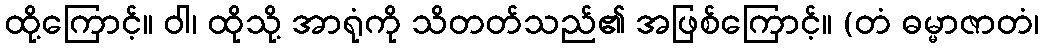
ထို့ကြောင့်။ ဝါ၊ ထိုသို့ အာရုံကို သိတတ်သည်၏ အဖြစ်ကြောင့်။ (တံ ဓမ္မာဇာတံ၊